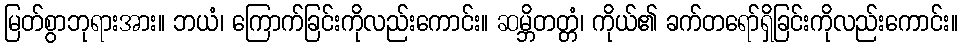
မြတ်စွာဘုရားအား။ ဘယံ၊ ကြောက်ခြင်းကိုလည်းကောင်း။ ဆမ္ဘိတတ္တံ၊ ကိုယ်၏ ခက်တရော်ရှိခြင်းကိုလည်းကောင်း။